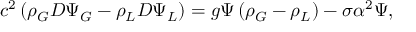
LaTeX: c ^ { 2 } \left( \rho _ { G } D \Psi _ { G } - \rho _ { L } D \Psi _ { L } \right) = g \Psi \left( \rho _ { G } - \rho _ { L } \right) - \sigma \alpha ^ { 2 } \Psi ,